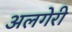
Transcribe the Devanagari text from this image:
अलगेरी